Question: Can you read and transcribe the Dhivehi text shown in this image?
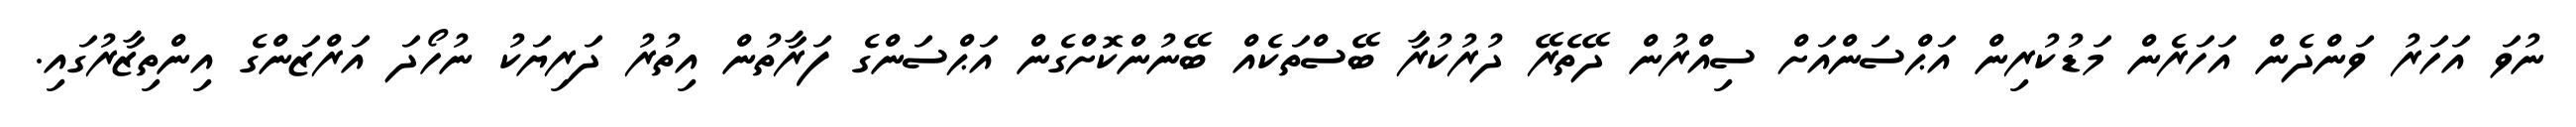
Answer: ނުވަ އަހަރު ވަންދެން އަހަރެން މަޑުކުރިން އަޙްސަންއަށް ސިއްރުން ދޭތެރޭ ދުރުކުރާ ބޭސްތަކެއް ބޭނުންކޮށްގެން އަޙްސަންގެ ފަރާތުން އިތުރު ދަރިޔަކު ނުހޯދަ އަރްޒަންގެ އިންތިޒާރުގައި.